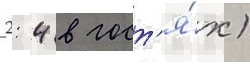
2: 4 в гост'я́х)